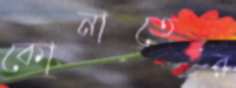
কোনাতের